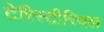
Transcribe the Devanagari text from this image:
टेरिस्टीरियल